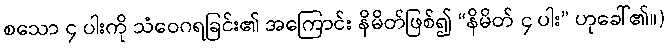
စသော ၄ ပါးကို သံဝေဂရခြင်း၏ အကြောင်း နိမိတ်ဖြစ်၍ “နိမိတ် ၄ ပါး” ဟုခေါ်၏။)